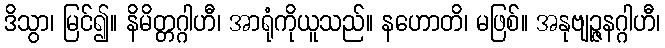
ဒိသွာ၊ မြင်၍။ နိမိတ္တဂ္ဂါဟီ၊ အာရုံကိုယူသည်။ နဟောတိ၊ မဖြစ်။ အနုဗျဉ္ဇနဂ္ဂါဟီ၊